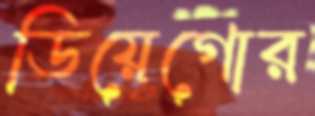
ডিয়েগোর